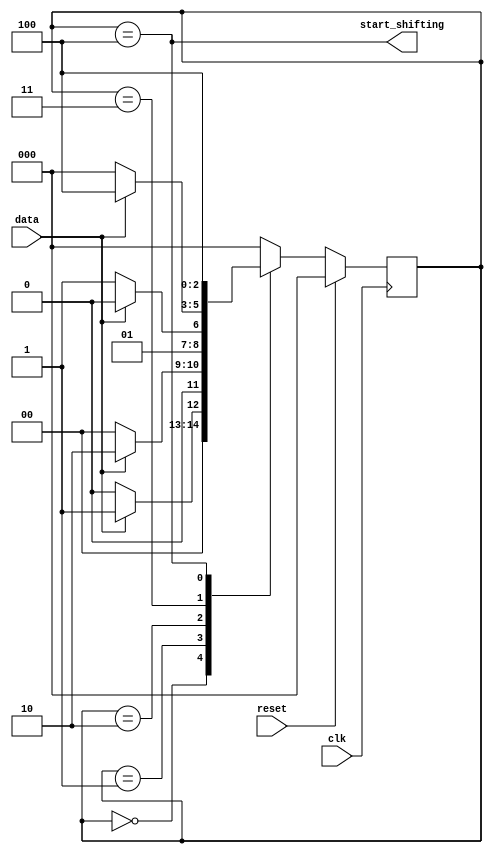
//
//
// https://hdlbits.01xz.net/wiki/Exams/review2015_fsmseq
//
//

`default_nettype none

module top_module (
    input       clk,
    input       reset,
    input       data,
    output      start_shifting
);

    parameter   CHECK_D1    = 3'd0,
                CHECK_D2    = 3'd1,
                CHECK_D3    = 3'd2,
                CHECK_D4    = 3'd3,
                CHECK_DONE  = 3'd4;

    reg [2:0]   state;
    reg [2:0]   next_state;

    always@(posedge clk) begin
        if(reset)
            state <= CHECK_D1;
        else
            state <= next_state;
    end

    always@(*) begin
        case(state)
        CHECK_D1    : next_state = data ? CHECK_D2 : CHECK_D1;
        CHECK_D2    : next_state = data ? CHECK_D3 : CHECK_D1;
        CHECK_D3    : next_state = data ? CHECK_D3 : CHECK_D4;
        CHECK_D4    : next_state = data ? CHECK_DONE : CHECK_D1;
        CHECK_DONE  : next_state = CHECK_DONE;
        default     : next_state = CHECK_D1;
        endcase
    end

    assign start_shifting = (state == CHECK_DONE);

endmodule